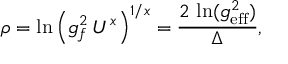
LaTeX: \rho = \ln \left( g _ { f } ^ { 2 } \, U ^ { x } \right) ^ { 1 / x } = { \frac { 2 \, \ln ( g _ { \mathrm { e f f } } ^ { 2 } ) } { \Delta } } ,